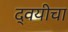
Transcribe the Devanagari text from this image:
द्वयीचा